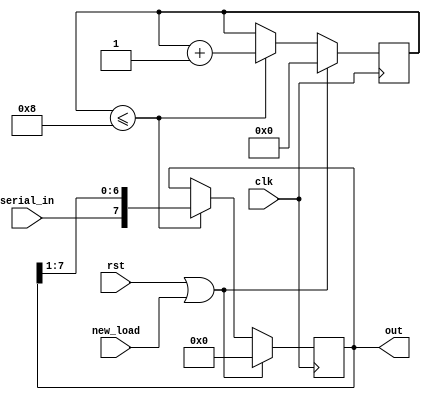
/*
   Assignment No. - 6
   Problem No. - 2
   Semester - 5 (Autumn 2021-22)
   Group No. - 30
   Group Members - Vanshita Garg (19CS10064) & Ashutosh Kumar Singh (19CS30008)
*/

`timescale 1ns / 1ps

// Module for a serial-in parallel out shift register for the output of the bit-serial adder
module sipo #(parameter N = 8) (clk, rst, serial_in, new_load, out);
    /*
      Input and output ports :
      clk - the clock signal
      rst - the reset signal
      serial_in - the input bit at each clock cycle
      new_load - indicates whether a new load has been supplied to the input shift registers 
      out - the 8-bit parallel output
    */
    input clk, rst, serial_in, new_load;
    output reg [N-1:0] out;

    reg [3:0] count = 4'b0;

    always @(posedge clk) begin
        if (rst || new_load) begin
            out <= 8'b0;
            count <= 4'b0;
        end
        else begin
            // we stop after the required amount of clock cycles to calculayte the sum are over
            if (count <= 4'b1000) begin
                out <= {serial_in, out[N-1:1]};
                count <= count + 1;
            end
        end
    end
endmodule